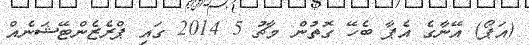
(އަޕޯ) އޭނާގެ އެޕާ ބެހޭ ގޮތުން މާޗު 5 2014 ގައި ޕްރެޒެންޓޭޝަނެއް